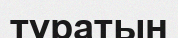
тұратын